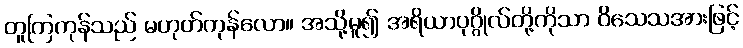
တူကြကုန်သည် မဟုတ်ကုန်လော။ အသို့မူ၍ အရိယာပုဂ္ဂိုလ်တို့ကိုသာ ဝိသေသအားဖြင့်